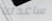
ساعدتنا